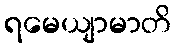
ရမေယျာမာတိ